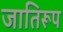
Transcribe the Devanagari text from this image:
जातिरूप